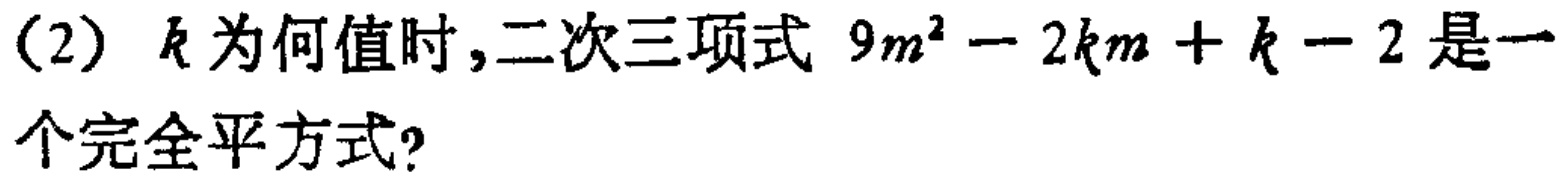
(2) \(k\)为何值时，二次三项式 \(9m^{2}-2km + k - 2\)是一个完全平方式?